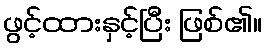
ဖွင့်ထားနှင့်ပြီး ဖြစ်၏။